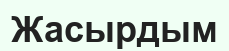
Жасырдым